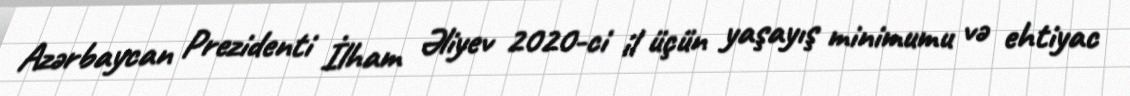
Azərbaycan Prezidenti İlham Əliyev 2020-ci il üçün yaşayış minimumu və ehtiyac